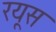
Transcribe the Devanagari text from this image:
रयूस